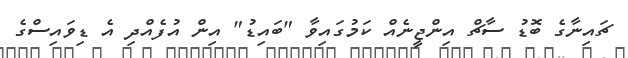
ޗައިނާގެ ބޮޑު ސާޗް އިންޖީނެއް ކަމުގައިވާ "ބައިޑު" އިން އުފެއްދި އެ ޑިވައިސްގެ